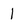
Character: 1